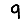
Digit: 9